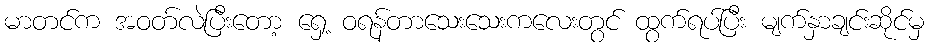
မာတင်က အဝတ်လဲပြီးတော့ ရှေ့ ဝရန်တာသေးသေးကလေးတွင် ထွက်ရပ်ပြီး မျက်နှာချင်းဆိုင်မှ